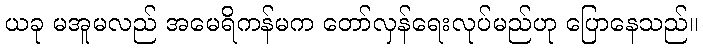
ယခု မအူမလည် အမေရိကန်မက တော်လှန်ရေးလုပ်မည်ဟု ပြောနေသည်။